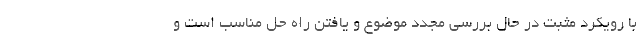
با رویکرد مثبت در حال بررسی مجدد موضوع و یافتن راه حل مناسب است و